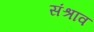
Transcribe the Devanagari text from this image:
संश्राव